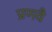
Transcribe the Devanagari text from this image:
प्रणवै